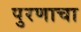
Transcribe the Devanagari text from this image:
पुरणाचा